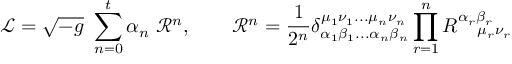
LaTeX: { \mathcal { L } } = { \sqrt { - g } } \ \sum _ { n = 0 } ^ { t } \alpha _ { n } \ { \mathcal { R } } ^ { n } , \qquad { \mathcal { R } } ^ { n } = { \frac { 1 } { 2 ^ { n } } } \delta _ { \alpha _ { 1 } \beta _ { 1 } . . . \alpha _ { n } \beta _ { n } } ^ { \mu _ { 1 } \nu _ { 1 } . . . \mu _ { n } \nu _ { n } } \prod _ { r = 1 } ^ { n } R _ { \quad \mu _ { r } \nu _ { r } } ^ { \alpha _ { r } \beta _ { r } }